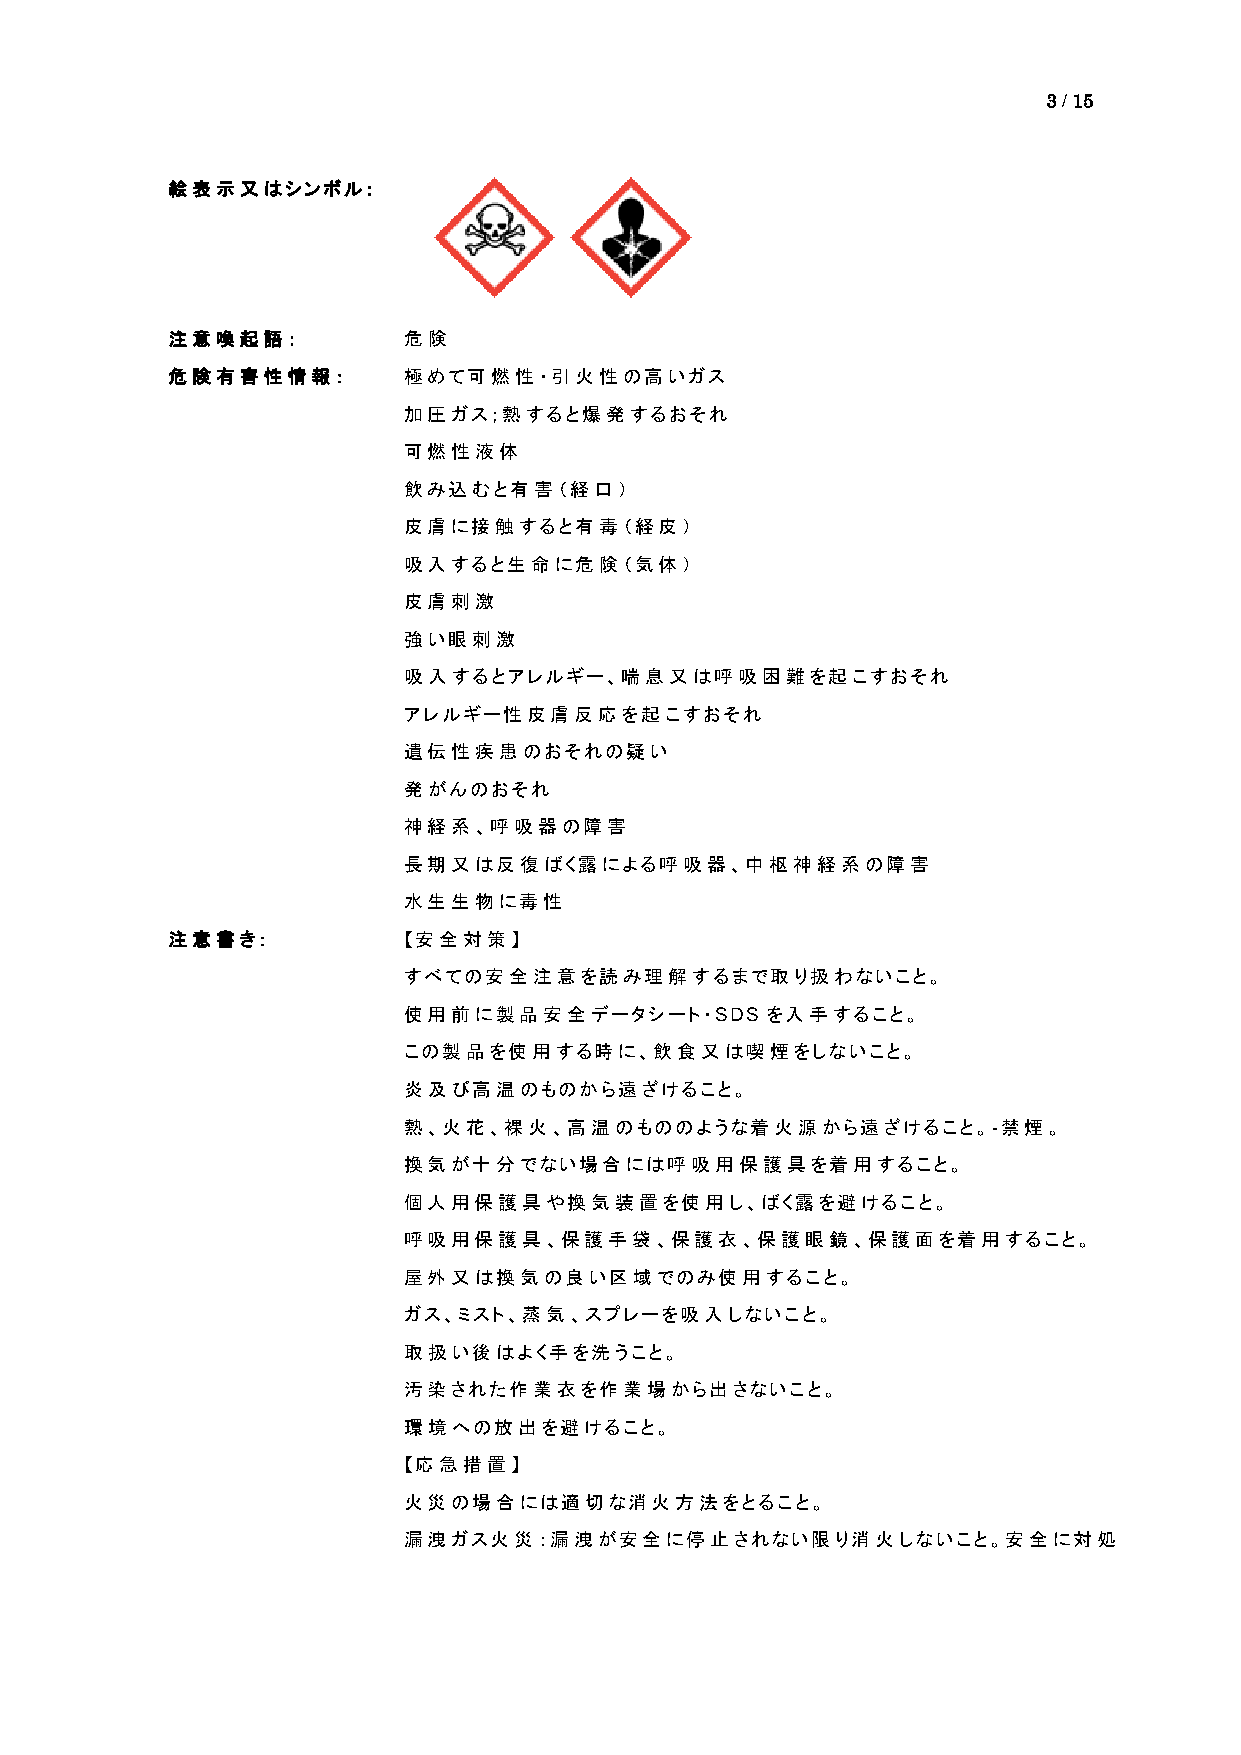
3 / 15
 絵表示又はシンボル：
 注意喚起語：          危険
 危険有害性情報：        極めて可燃性・引火性の高いガス
 加圧ガス；熱すると爆発するおそれ
 可燃性液体
 飲み込むと有害（経口）
 皮膚に接触すると有毒（経皮）
 吸入すると生命に危険（気体）
 皮膚刺激
 強い眼刺激
 吸入するとアレルギー、喘息又は呼吸困難を起こすおそれ
 アレルギー性皮膚反応を起こすおそれ
 遺伝性疾患のおそれの疑い
 発がんのおそれ
 神経系、呼吸器の障害
 長期又は反復ばく露による呼吸器、中枢神経系の障害
 水生生物に毒性
 注意書き：           【安全対策】
 すべての安全注意を読み理解するまで取り扱わないこと。
 使用前に製品安全データシート・SDS      を入手すること。
 この製品を使用する時に、飲食又は喫煙をしないこと。
 炎及び高温のものから遠ざけること。
 熱、火花、裸火、高温のもののような着火源から遠ざけること。-禁煙。
 換気が十分でない場合には呼吸用保護具を着用すること。
 個人用保護具や換気装置を使用し、ばく露を避けること。
 呼吸用保護具、保護手袋、保護衣、保護眼鏡、保護面を着用すること。
 屋外又は換気の良い区域でのみ使用すること。
 ガス、ミスト、蒸気、スプレーを吸入しないこと。
 取扱い後はよく手を洗うこと。
 汚染された作業衣を作業場から出さないこと。
 環境への放出を避けること。
 【応急措置】
 火災の場合には適切な消火方法をとること。
 漏洩ガス火災：漏洩が安全に停止されない限り消火しないこと。安全に対処